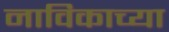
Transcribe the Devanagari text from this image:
नाविकाच्या